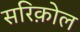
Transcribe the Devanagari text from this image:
सरिक़ोल